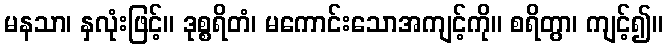
မနသာ၊ နှလုံးဖြင့်။ ဒုစ္စရိတံ၊ မကောင်းသောအကျင့်ကို။ စရိတွာ၊ ကျင့်၍။